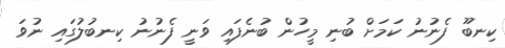
ކިނބޫ ފެނުނު ކަމަށް ބުނި މީހުން ބުނެފައި ވަނީ ފެނުނު ކިނބުލުގައި ނުވަ